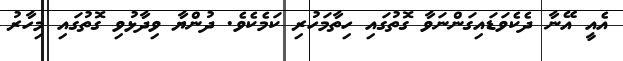
އެއީ އޭނާ ދެކެވަޑައިގަންނަވާ ގޮތުގައި ހިތާމަހުރި ކަމެކެވެ. ދުންޔާ ވިދާޅުވި ގޮތުގައި މިހާރު